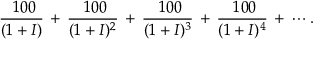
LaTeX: { \frac { \ 1 0 0 } { ( 1 + I ) } } \, + \, { \frac { \ 1 0 0 } { ( 1 + I ) ^ { 2 } } } \, + \, { \frac { \ 1 0 0 } { ( 1 + I ) ^ { 3 } } } \, + \, { \frac { \ 1 0 0 } { ( 1 + I ) ^ { 4 } } } \, + \, \cdots .